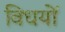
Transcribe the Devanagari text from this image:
विधयों